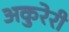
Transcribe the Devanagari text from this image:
अकुरेरी